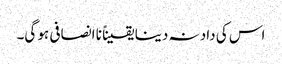
اس کی داد نہ دینا یقیناً نا انصافی ہو گی۔